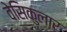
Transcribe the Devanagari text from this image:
वेसिकुलार